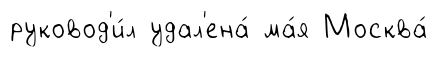
руковод'и́л удал'ена́ ма́я Москва́